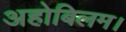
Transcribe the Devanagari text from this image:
अहोबिलम।